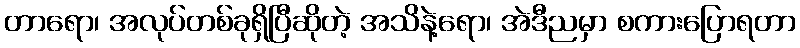
တာရော၊ အလုပ်တစ်ခုရှိပြီဆိုတဲ့ အသိနဲ့ရော၊ အဲဒီညမှာ စကားပြောရတာ